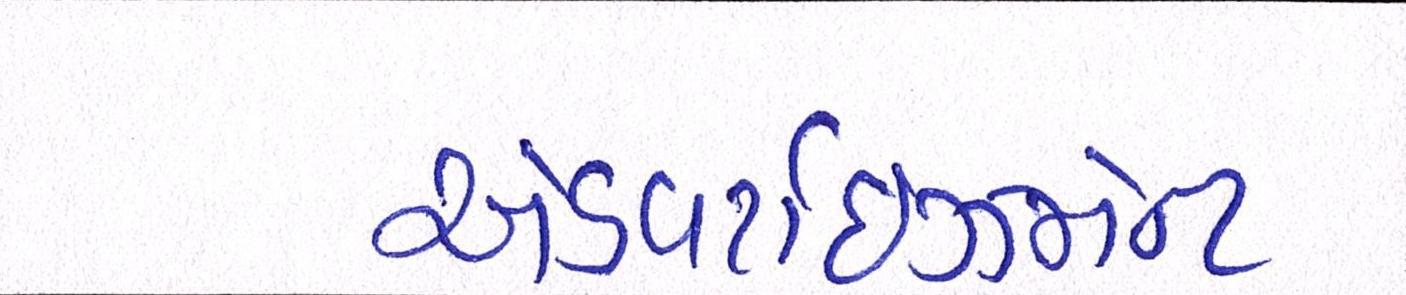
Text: એડવર્ટાઇઝમેન્ટ